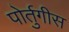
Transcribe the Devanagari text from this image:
पोर्तुगीस